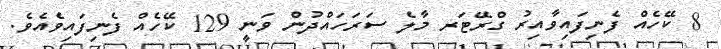
8 ކޭހެއް ފެނިފައިވާއިރު ގްރޭޓަރ މާލެ ސަރަހައްދުން ވަނީ 129 ކޭހެއް ފެނިފައިވެއެވެ.